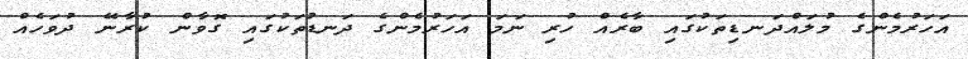
އަހަރުމެންގެ މުލައްދަނޑިތަކުގައި ބާރެއް ހުރި ނަމަ އަހަރުމެންގެ ދަނޑުތަކުގައި ގޮވާން ކުރާނޭ ދުވަހެއް